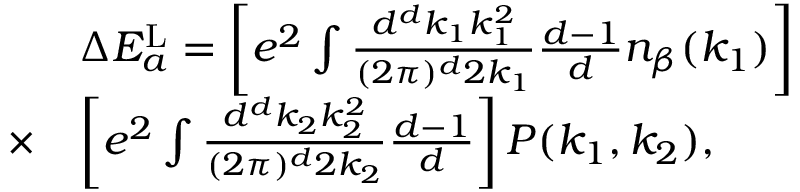
\begin{array} { r l } & { \Delta E _ { a } ^ { \mathrm { L } } = \left[ e ^ { 2 } \int \frac { d ^ { d } k _ { 1 } k _ { 1 } ^ { 2 } } { ( 2 \pi ) ^ { d } 2 k _ { 1 } } \frac { d - 1 } { d } n _ { \beta } ( k _ { 1 } ) \right] } \\ { \times } & { \left[ e ^ { 2 } \int \frac { d ^ { d } k _ { 2 } k _ { 2 } ^ { 2 } } { ( 2 \pi ) ^ { d } 2 k _ { 2 } } \frac { d - 1 } { d } \right] P ( k _ { 1 } , k _ { 2 } ) , } \end{array}